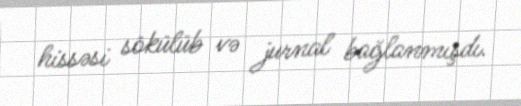
hissəsi sökülüb və jurnal bağlanmışdı.